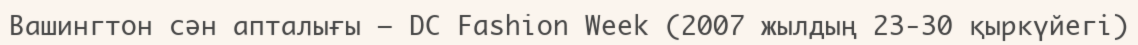
Вашингтон сән апталығы – DC Fashion Week (2007 жылдың 23-30 қыркүйегі)